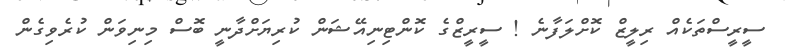
ސީރީސްތަކެއް ރިލީޒް ކޮށްލަފާނެ ! ސީރީޒްގެ ކޮންޓިނިއޭޝަން ކުރިޔަށްދާނީ ބޮސް މިނިވަން ކުރެވިގެން